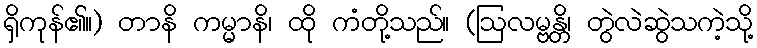
ရှိကုန်၏။) တာနိ ကမ္မာနိ၊ ထို ကံတို့သည်။ (ဩလမ္ဗန္တိ၊ တွဲလဲဆွဲသကဲ့သို့